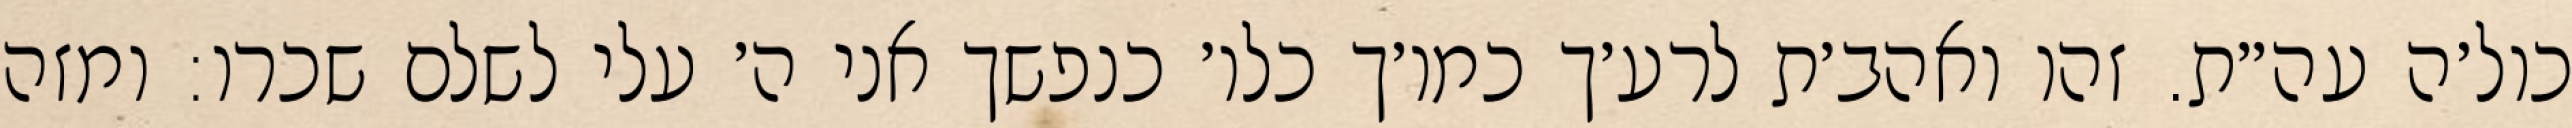
כול׳ה עה״ת. זהו ואהב׳ת לרע׳ך כמו׳ך כלו׳ כנפשך אני ה׳ עלי לשלם שכרו: ומזה